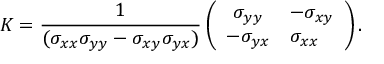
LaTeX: K = { \frac { 1 } { ( \sigma _ { x x } \sigma _ { y y } - \sigma _ { x y } \sigma _ { y x } ) } } \left( \begin{array} { c l c r } { { \sigma _ { y y } } } & { { - \sigma _ { x y } } } \\ { { - \sigma _ { y x } } } & { { \sigma _ { x x } } } \end{array} \right) .